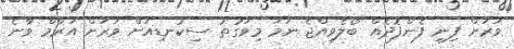
ވަރަށް ފިނި ފެންފޮދެއް ބޯލެވިއްޖެ ނަމަ މިވަގުތު ސިކުނޑިއަށް ވަރަށް އަރާމް ވާނެ